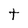
Character: t